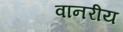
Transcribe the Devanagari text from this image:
वानरीय